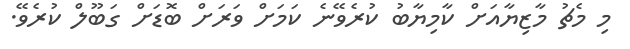
މި މެޗު މާޒިޔާއަށް ކާމިޔާބު ކުރެވޭނެ ކަމަށް ވަރަށް ބޮޑަށް ގަބޫލް ކުރެވޭ.